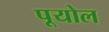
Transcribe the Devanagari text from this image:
पूयोल